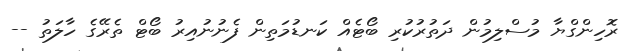
ރޮހިންގްޔާ މުސްލިމުން ދަތުރުކުރި ބޯޓެއް ކަނޑުމަތިން ފެނުނުއިރު ބޯޓް ތެރޭގެ ހާލަތު --